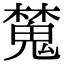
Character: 𣝹